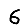
Digit: 6